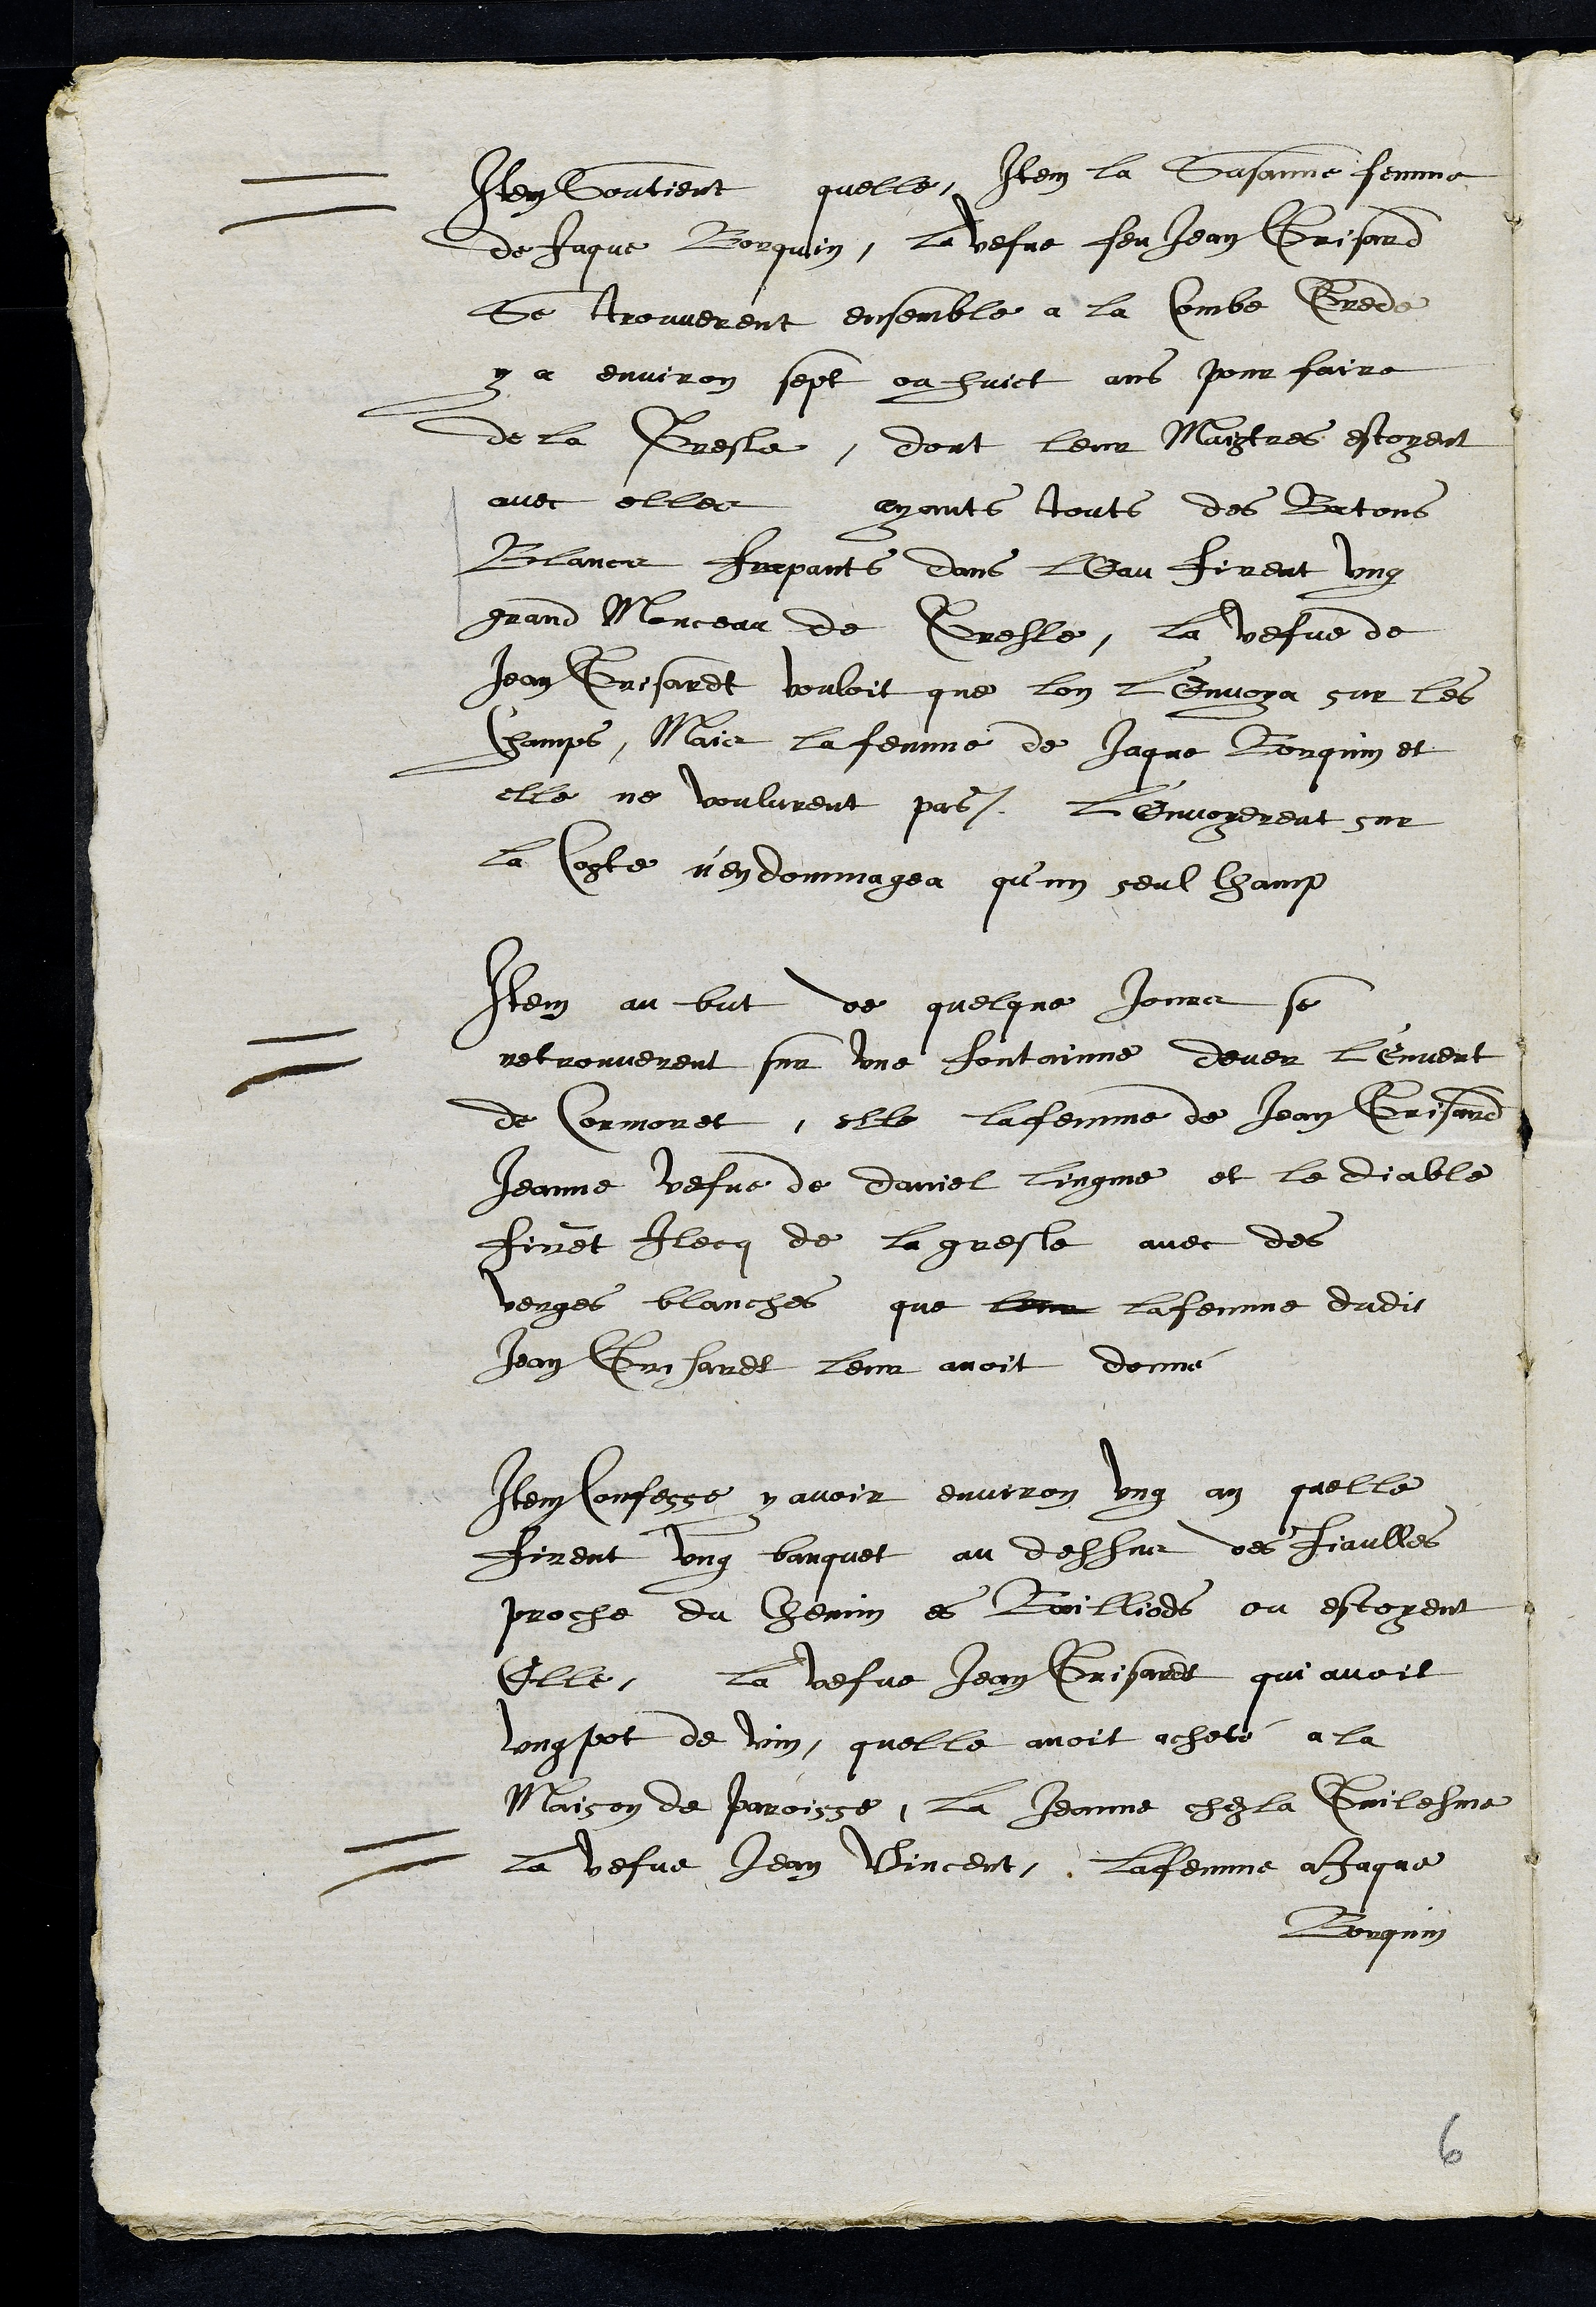
Item soutient quelle, Item la Susanne femme
de Jaque Borquin, la vefve feu Jean Grisard
se trouverent ensemble a la Combe Grede
y a environ sept ou huict ans pour faire
de la Gresle, dont leur Maitres estoyent
avec elles ayant touts des Batons
Blancs frapants dans leau firent ung
grand Monceau de Gresle, la vefve de
Jean Grisardt vouloit que lon l’envoya sur les
Champs, Mais la femme de Jaque Borquin et
elle ne voulurent pas, l'envoyerent sur
la Coste n'en dommagea qu'un seul champ
Item au but de quelque Jours se
retrouverent sur une fontainne dever l'envert
de Cormoret, elle la femme de Jean Grisard
Jeanne vefve de Daniel lingne et le diable
firent Ilecq de la gresle avec des
verges blanches que leur la femme dudit
Jean Grisardt leur avoit donné
Item confesse y avoir environ ung an quelle
firent ung banquet au dessus des fiaulles
proche du chemin es Bailliods ou estoyent
elle, la vefve Jean Grisardt qui avoit
ung pot de vin, quelle avoit acheté a la
maison de paroisse, La Jeanne chez la Guilesme
La vefve Jean Vincent, La femme a Jaque
Borquin
6